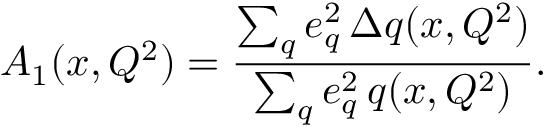
A _ { 1 } ( x , Q ^ { 2 } ) = \frac { \sum _ { q } e _ { q } ^ { 2 } \, \Delta q ( x , Q ^ { 2 } ) } { \sum _ { q } e _ { q } ^ { 2 } \, q ( x , Q ^ { 2 } ) } .